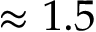
\approx 1 . 5